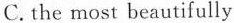
C.the most beautifully